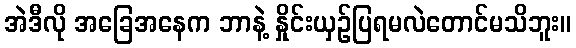
အဲဒီလို အခြေအနေက ဘာနဲ့ နှိုင်းယှဉ်ပြရမလဲတောင်မသိဘူး။